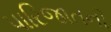
પારિજાતની